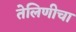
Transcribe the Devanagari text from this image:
तेलिणीचा